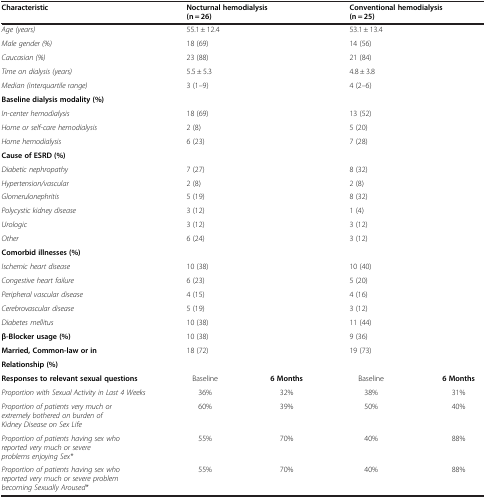
| Characteristic | Nocturnal hemodialysis (n = 26) | Conventional hemodialysis (n = 25) |  |  |
 | --- | --- | --- | --- | --- |
 | Age (years) | 55.1 ± 12.4 | 53.1 ± 13.4 |  |  |
 | Male gender (%) | 18 (69) | 14 (56) |  |  |
 | Caucasian (%) | 23 (88) | 21 (84) |  |  |
 | Time on dialysis (years) | 5.5 ± 5.3 | 4.8 ± 3.8 |  |  |
 | Median (interquartile range) | 3 (1–9) | 4 (2–6) |  |  |
 | Baseline dialysis modality (%) |  |  |  |  |
 | In-center hemodialysis | 18 (69) | 13 (52) |  |  |
 | Home or self-care hemodialysis | 2 (8) | 5 (20) |  |  |
 | Home hemodialysis | 6 (23) | 7 (28) |  |  |
 | Cause of ESRD (%) |  |  |  |  |
 | Diabetic nephropathy | 7 (27) | 8 (32) |  |  |
 | Hypertension/vascular | 2 (8) | 2 (8) |  |  |
 | Glomerulonephritis | 5 (19) | 8 (32) |  |  |
 | Polycystic kidney disease | 3 (12) | 1 (4) |  |  |
 | Urologic | 3 (12) | 3 (12) |  |  |
 | Other | 6 (24) | 3 (12) |  |  |
 | Comorbid illnesses (%) |  |  |  |  |
 | Ischemic heart disease | 10 (38) | 10 (40) |  |  |
 | Congestive heart failure | 6 (23) | 5 (20) |  |  |
 | Peripheral vascular disease | 4 (15) | 4 (16) |  |  |
 | Cerebrovascular disease | 5 (19) | 3 (12) |  |  |
 | Diabetes mellitus | 10 (38) | 11 (44) |  |  |
 | β-Blocker usage (%) | 10 (38) | 9 (36) |  |  |
 | Married, Common-law or in | 18 (72) | 19 (73) |  |  |
 | Relationship (%) |  |  |  |  |
 | Responses to relevant sexual questions | Baseline | 6 Months | Baseline | 6 Months |
 | Proportion with Sexual Activity in Last 4 Weeks | 36% | 32% | 38% | 31% |
 | Proportion of patients very much or extremely bothered on burden of Kidney Disease on Sex Life | 60% | 39% | 50% | 40% |
 | Proportion of patients having sex who reported very much or severe problems enjoying Sex* | 55% | 70% | 40% | 88% |
 | Proportion of patients having sex who reported very much or severe problem becoming Sexually Aroused* | 55% | 70% | 40% | 88% |